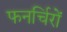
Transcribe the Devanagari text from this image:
फनर्चिरों